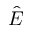
\hat { \boldsymbol E }